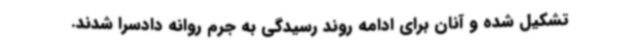
تشکیل شده و آنان برای ادامه روند رسیدگی به جرم روانه دادسرا شدند.